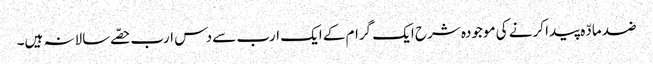
ضد مادّہ پیدا کرنے کی موجودہ شرح ایک گرام کے ایک ارب سے دس ارب حصّے سالانہ ہیں۔